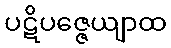
ပဋိပဇ္ဇေယျာထ